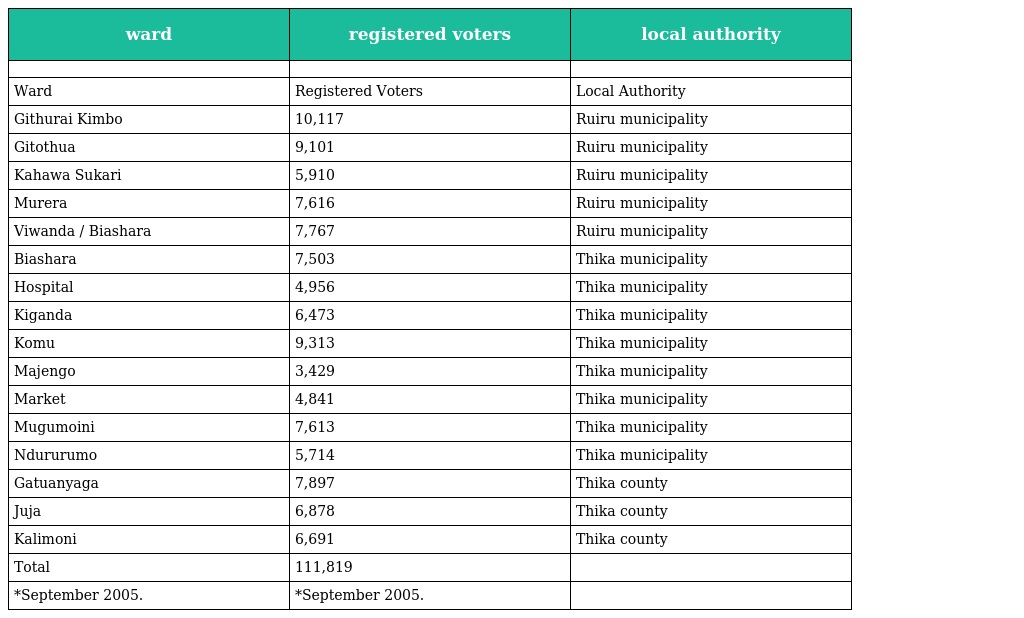
| ward | registered voters | local authority |
 | --- | --- | --- |
 |  |  |  |
 | Ward | Registered Voters | Local Authority |
 | Githurai Kimbo | 10,117 | Ruiru municipality |
 | Gitothua | 9,101 | Ruiru municipality |
 | Kahawa Sukari | 5,910 | Ruiru municipality |
 | Murera | 7,616 | Ruiru municipality |
 | Viwanda / Biashara | 7,767 | Ruiru municipality |
 | Biashara | 7,503 | Thika municipality |
 | Hospital | 4,956 | Thika municipality |
 | Kiganda | 6,473 | Thika municipality |
 | Komu | 9,313 | Thika municipality |
 | Majengo | 3,429 | Thika municipality |
 | Market | 4,841 | Thika municipality |
 | Mugumoini | 7,613 | Thika municipality |
 | Ndururumo | 5,714 | Thika municipality |
 | Gatuanyaga | 7,897 | Thika county |
 | Juja | 6,878 | Thika county |
 | Kalimoni | 6,691 | Thika county |
 | Total | 111,819 |  |
 | *September 2005. | *September 2005. |  |